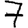
Digit: 7